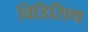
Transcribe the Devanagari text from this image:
विडिसिथ